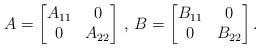
LaTeX: \begin{align*} A= \begin{bmatrix} A_{11}&0\\ 0&A_{22} \end{bmatrix}\,,\, B= \begin{bmatrix} B_{11}&0\\ 0&B_{22} \end{bmatrix}. \end{align*}